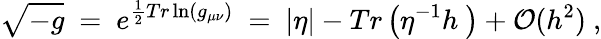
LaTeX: \sqrt{-g}~=~e^{\frac{1}{2}Tr\ln(g_{\mu\nu})}~=~|\eta|-Tr\left(\eta^{-1}h~\right)+{\cal O}(h^{2})~,